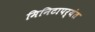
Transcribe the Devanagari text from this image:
मिनिटापर्यंत